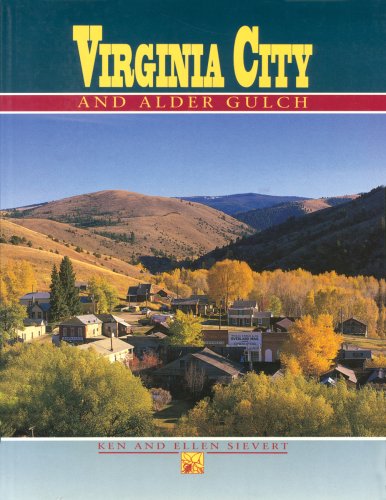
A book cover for Virginia City & Alder Gulch; Ken Sievert; Travel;